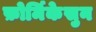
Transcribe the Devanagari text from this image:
फ़ोर्मिकेसुन